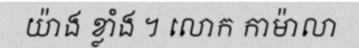
យ៉ាង ខ្លាំង ។ លោក កាម៉ាលា